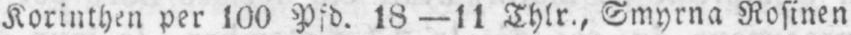
Korinthen per 100 Pfd. 18-11 Thlr., Smyrna Rosinen